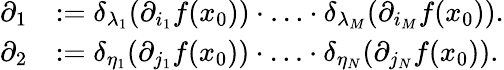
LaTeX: \begin{array}{rl}{\partial_{1}}&{:=\delta_{\lambda_{1}}(\partial_{i_{1}}f(x_{0}))\cdot\ldots\cdot\delta_{\lambda_{M}}(\partial_{i_{M}}f(x_{0})).}\\ {\partial_{2}}&{:=\delta_{\eta_{1}}(\partial_{j_{1}}f(x_{0}))\cdot\ldots\cdot\delta_{\eta_{N}}(\partial_{j_{N}}f(x_{0})).}\end{array}